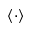
\langle \cdot \rangle